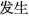
发生